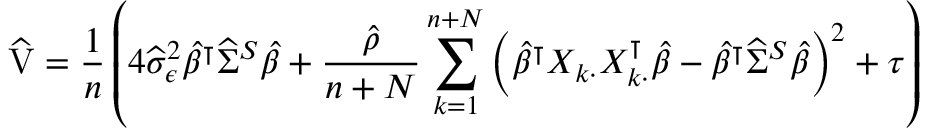
\small \widehat \mathrm { V } = \frac { 1 } { n } \left( 4 { \widehat { \sigma } _ { \epsilon } ^ { 2 } \widehat { \beta } ^ { \intercal } \widehat { \Sigma } ^ { S } \widehat { \beta } } + { \frac { \widehat { \rho } } { n + N } \sum _ { k = 1 } ^ { n + N } \left( \widehat { \beta } ^ { \intercal } X _ { k \cdot } X _ { k \cdot } ^ { \intercal } \widehat { \beta } - \widehat { \beta } ^ { \intercal } \widehat { \Sigma } ^ { S } \widehat { \beta } \right) ^ { 2 } } + \tau \right)